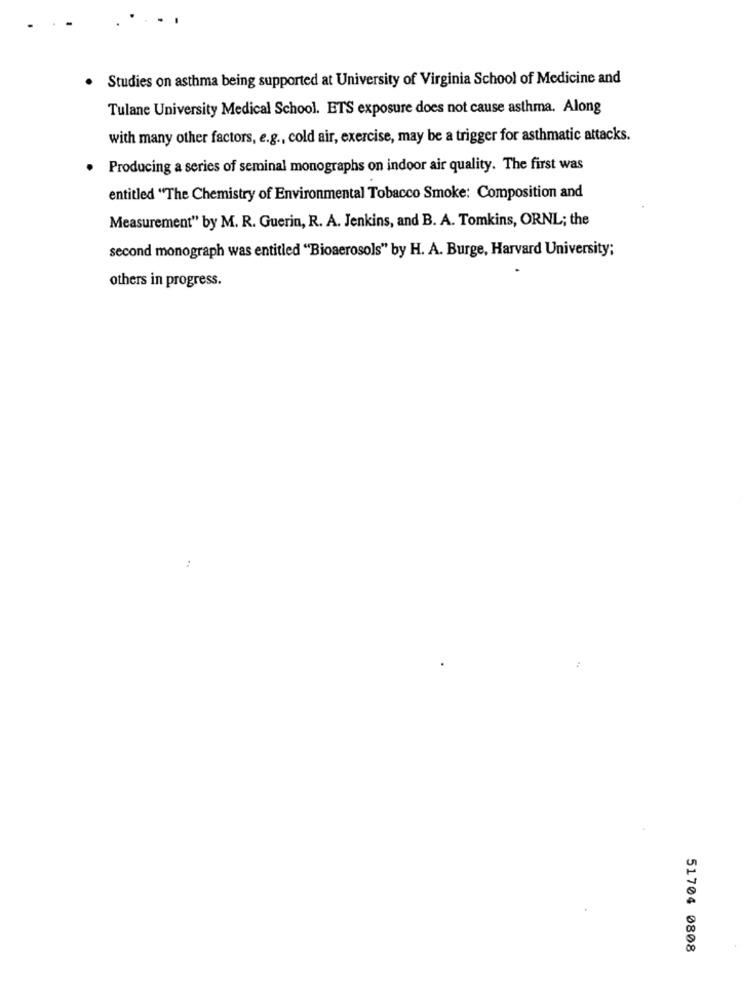
Studies on asthma being supported at University of Virginia School of Medicine and
Tulane University Medical School. ETS exposure does not cause asthma. Along
with many other factors, e.g ., cold air, exercise, may be a trigger for asthmatic attacks.
Producing a series of seminal monographs on indoor air quality. The first was
entitled "The Chemistry of Environmental Tobacco Smoke: Composition and
Measurement" by M. R. Guerin, R. A. Jenkins, and B. A. Tomkins, ORNL; the
second monograph was entitled "Bioaerosols" by H. A. Burge, Harvard University;
others in progress.
..
:
51704 0808